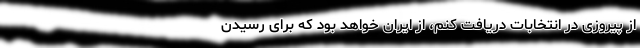
از پیروزی در انتخابات دریافت کنم، از ایران خواهد بود که برای رسیدن